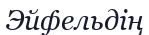
Эйфельдің